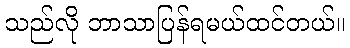
သည်လို ဘာသာပြန်ရမယ်ထင်တယ်။